Madras plague regulations and rules for the inspection of inward and outward bound vessels - Volume 2
Disease focus: Plague
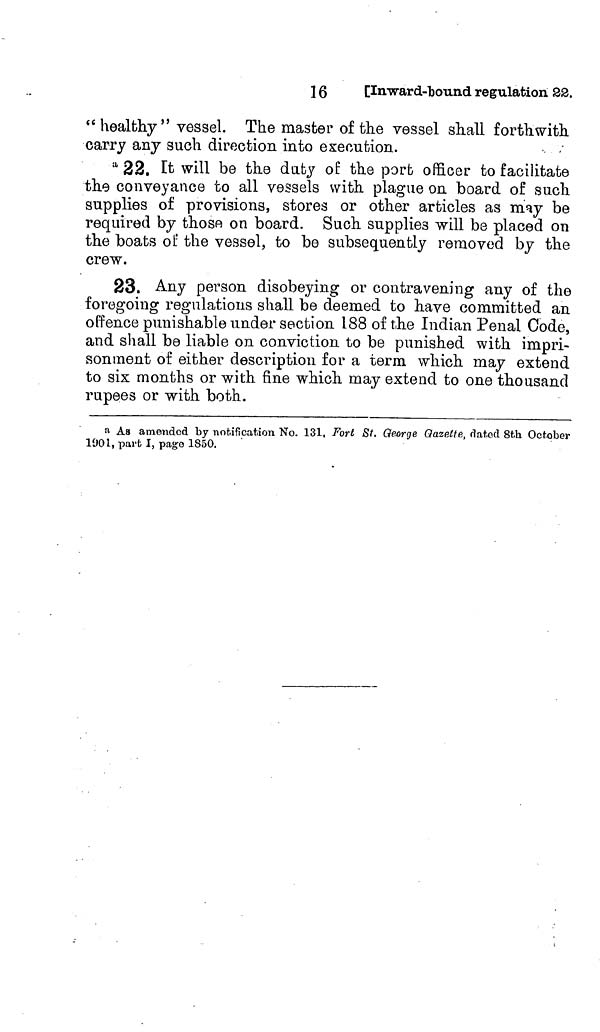
16
[Inward-bound regulation 22.
"healthy" vessel. The master of the vessel shall forthwith
carry any such direction into execution.
. ;
" 22. It will be the duty of the port officer to facilitate
the conveyance to all vessels with plague on board of such
supplies of provisions, stores or other articles as may be
required by those on board. Such supplies -will be placed on
the boats of the vessel, to be subsequently removed by the
crew.
23. Any person disobeying or contravening any of the
foregoing regulations shall be deemed to have committed an
offence punishable under section 188 of the Indian Penal Code,
and shall be liable on conviction to be punished with impri-
sonment of either description for a term which may extend
to six months or with fine which may extend to one thousand
rupees or with both.
a As amended by notification No. 131, Fort St. George Gazette, dated 8th October
1901, part I, page 1850.